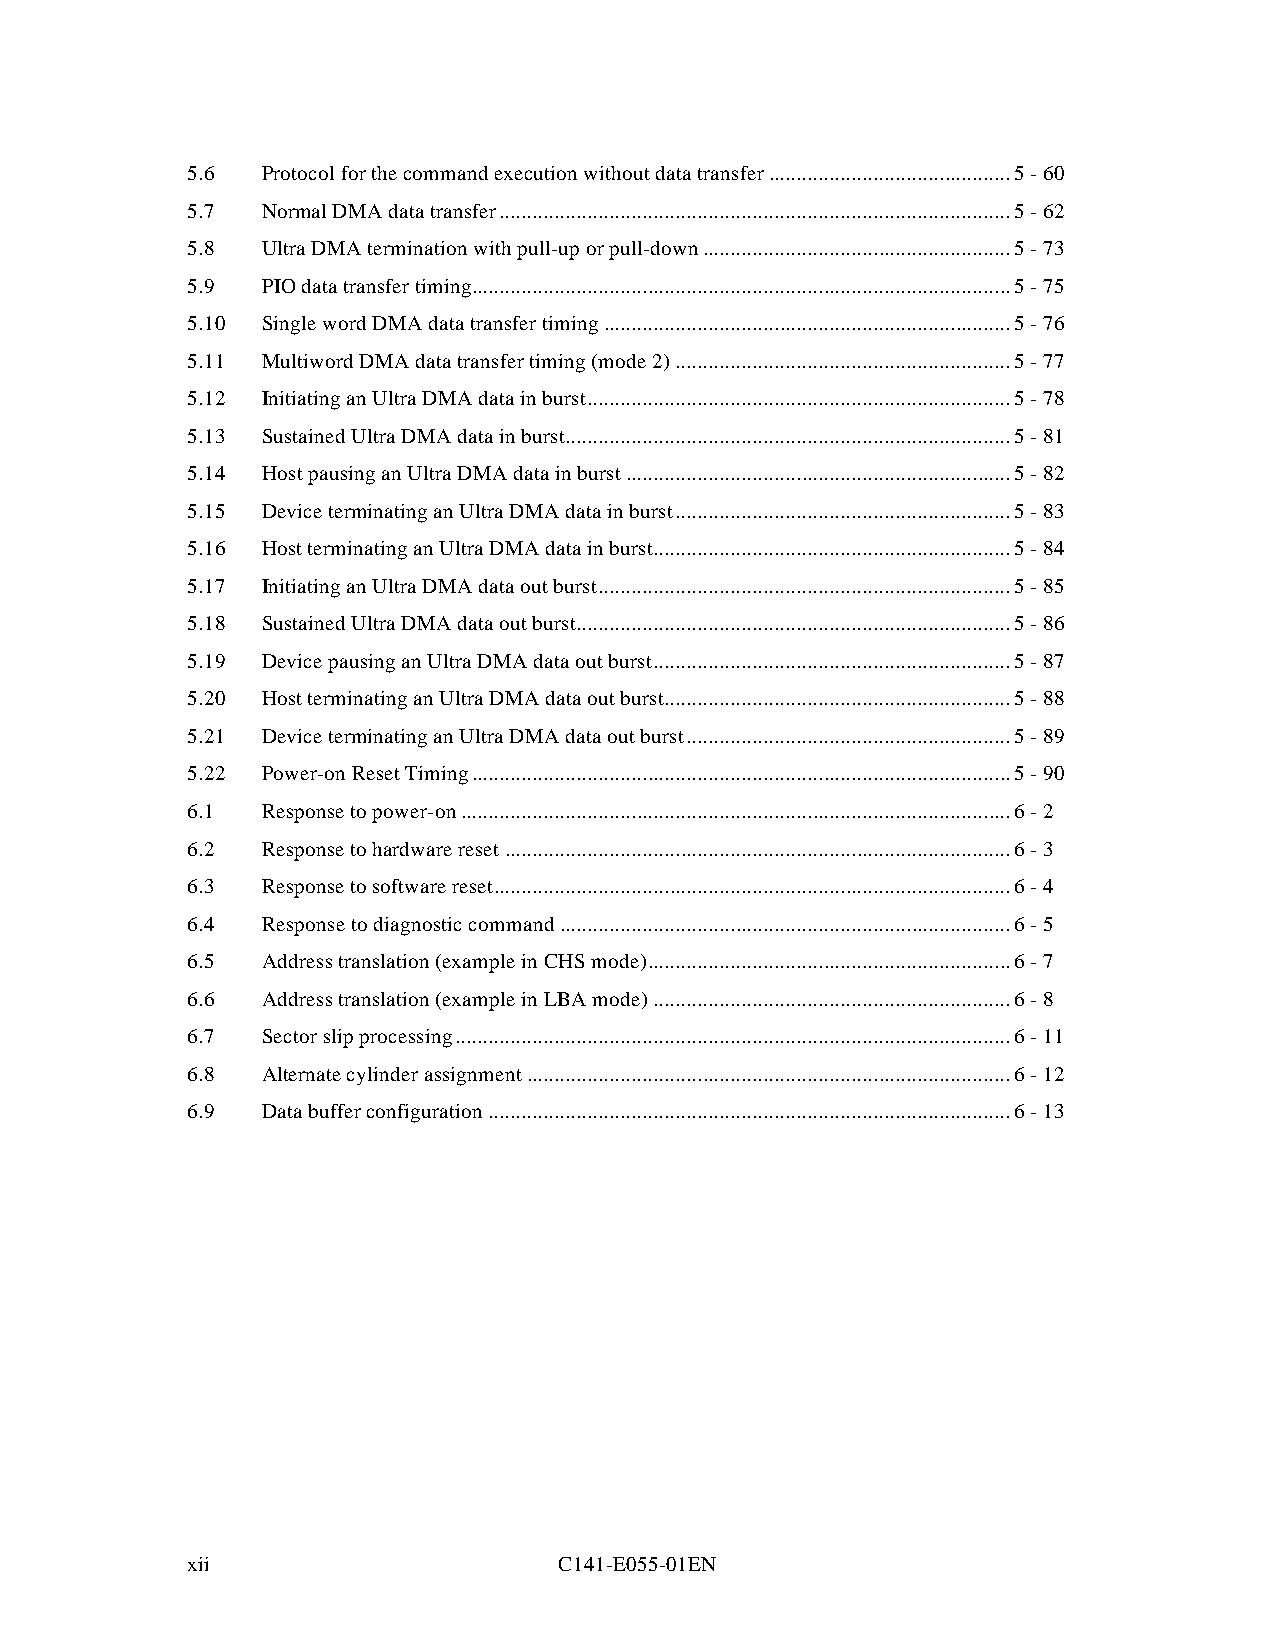
5.6  Protocol for the command execution without data transfer ............................................5 - 60
 5.7  Normal DMA data transfer ............................................................................................. 5 - 62
 5.8  Ultra DMA termination with pull-up or pull-down ........................................................ 5 - 73
 5.9  PIO data transfer timing..................................................................................................5 - 75
 5.10 Single word DMA data transfer timing ..........................................................................5 - 76
 5.11 Multiword DMA data transfer timing (mode 2) ............................................................. 5 - 77
 5.12 Initiating an Ultra DMA data in burst .............................................................................5 - 78
 5.13 Sustained Ultra DMA data in burst ................................................................................. 5 - 81
 5.14 Host pausing an Ultra DMA data in burst ......................................................................5 - 82
 5.15 Device terminating an Ultra DMA data in burst ............................................................. 5 - 83
 5.16 Host terminating an Ultra DMA data in burst .................................................................5 - 84
 5.17 Initiating an Ultra DMA data out burst ...........................................................................5 - 85
 5.18 Sustained Ultra DMA data out burst ...............................................................................5 - 86
 5.19 Device pausing an Ultra DMA data out burst .................................................................5 - 87
 5.20 Host terminating an Ultra DMA data out burst ............................................................... 5 - 88
 5.21 Device terminating an Ultra DMA data out burst ........................................................... 5 - 89
 5.22 Power-on Reset Timing ..................................................................................................5 - 90
 6.1  Response to power-on ....................................................................................................6 - 2
 6.2  Response to hardware reset ............................................................................................ 6 - 3
 6.3  Response to software reset .............................................................................................. 6 - 4
 6.4  Response to diagnostic command .................................................................................. 6 - 5
 6.5  Address translation (example in CHS mode) ..................................................................6 - 7
 6.6  Address translation (example in LBA mode) .................................................................6 - 8
 6.7  Sector slip processing .....................................................................................................6 - 11
 6.8  Alternate cylinder assignment ........................................................................................ 6 - 12
 6.9  Data buffer configuration ............................................................................................... 6 - 13
 xii                      C141-E055-01EN